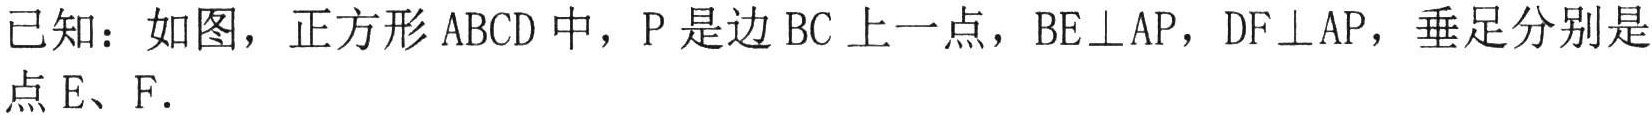
已知：如图，正方形\(ABCD\)中，\(P\)是边\(BC\)上一点，\(BE\perp AP\)，\(DF\perp AP\)，垂足分别是点\(E、F\).